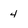
Character: 4